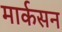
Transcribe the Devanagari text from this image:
मार्कसन